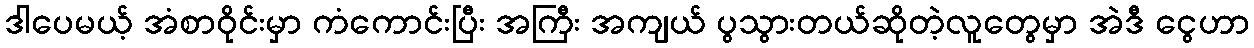
ဒါပေမယ့် အံစာဝိုင်းမှာ ကံကောင်းပြီး အကြီး အကျယ် ပွသွားတယ်ဆိုတဲ့လူတွေမှာ အဲဒီ ငွေဟာ